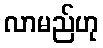
လာမည်ဟု